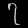
Digit: ၇